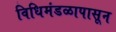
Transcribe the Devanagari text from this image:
विधिमंडळापासून